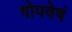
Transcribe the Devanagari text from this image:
गोपवेषं